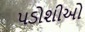
પડોશીઓ